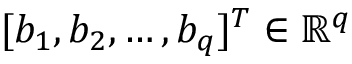
[ b _ { 1 } , b _ { 2 } , \ldots , b _ { q } ] ^ { T } \in \mathbb { R } ^ { q }